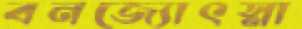
বনজ্যোৎস্না